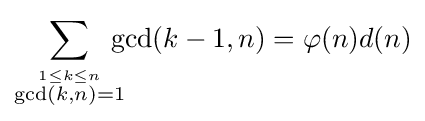
\sum _{\stackrel {1\leq k\leq n}{\gcd(k,n)=1}}\!\!\!\!\gcd(k-1,n)=\varphi (n)d(n)